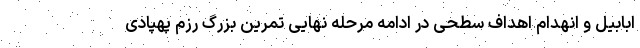
ابابیل و انهدام اهداف سطحی در ادامه مرحله نهایی تمرین بزرگ رزم پهپادی